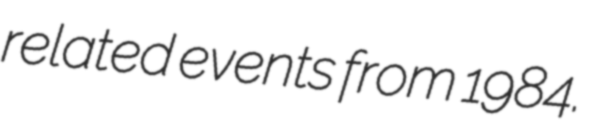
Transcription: related events from 1984.